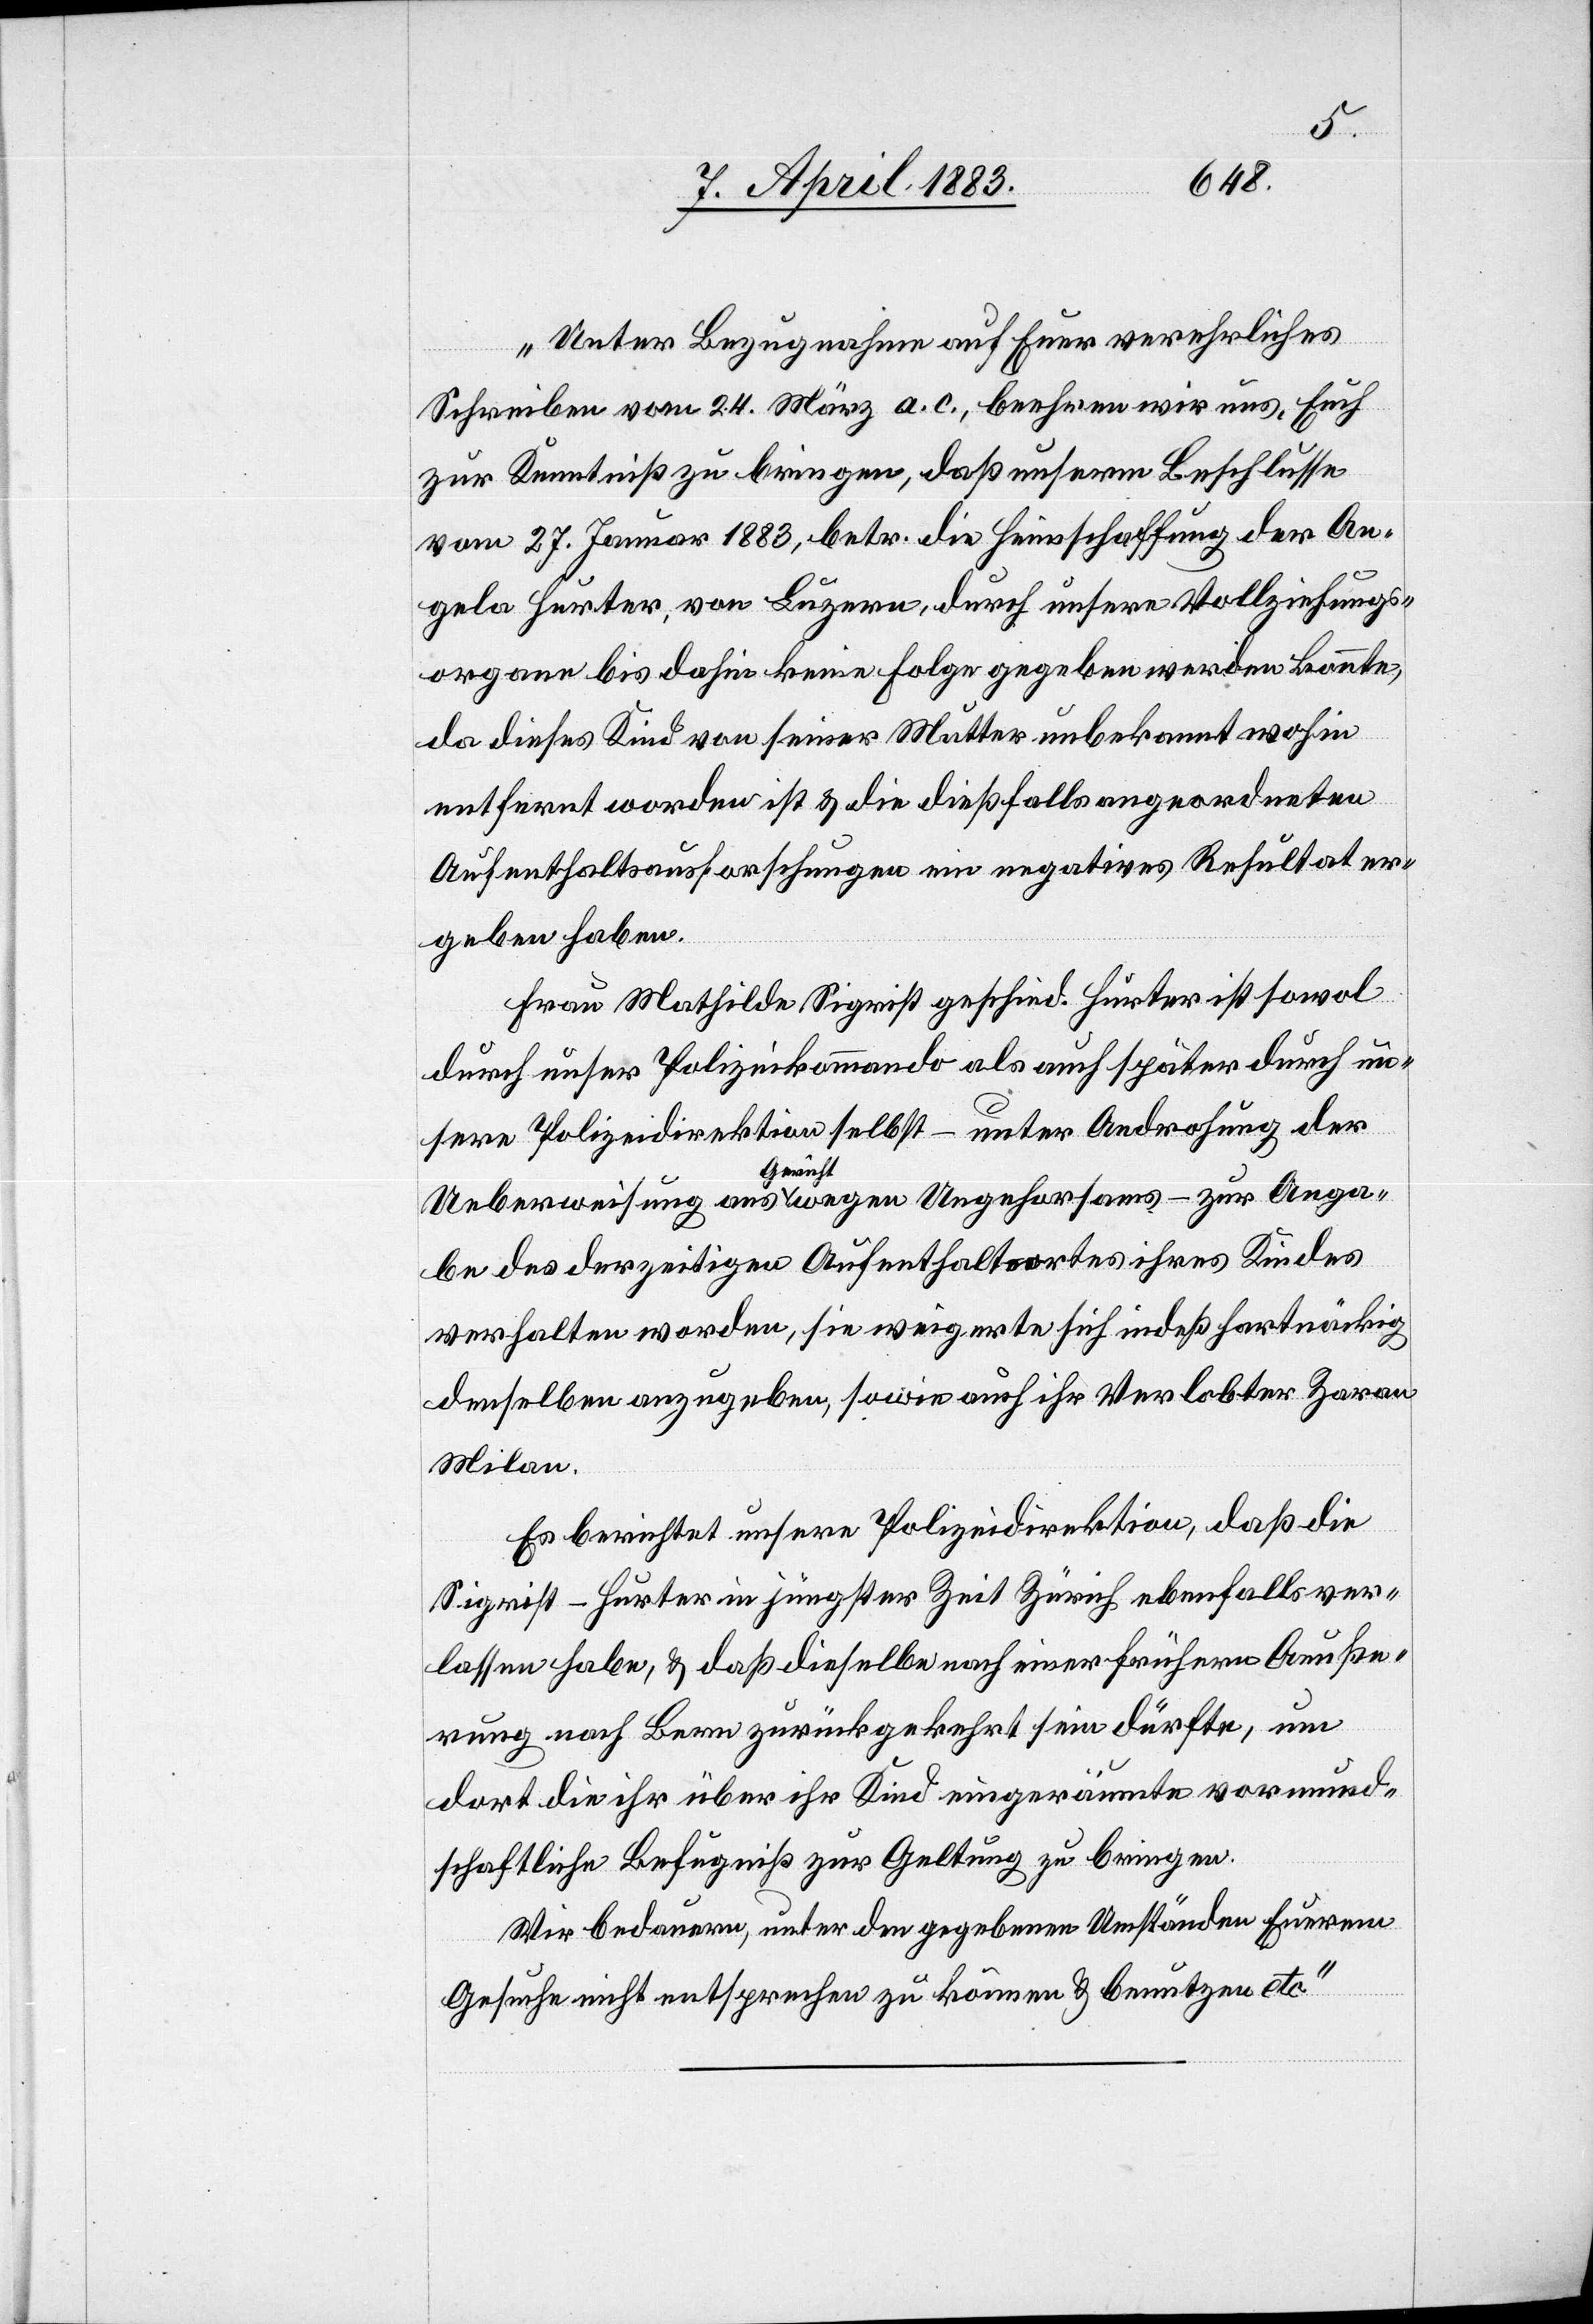
„Unter Bezugnahme auf Euer verehrliches
Schreiben vom 24. März a. c. beehren wir uns, Euch
zur Kenntniß zu bringen, daß unserm Beschlusse
vom 27. Januar 1883, betr. die Heimschaffung der An¬
gela Hurter, von Luzern, durch unsere Vollziehungs¬
organe bis dahin keine Folge gegeben werden konnte,
da dieses Kind von seiner Mutter unbekannt wohin
entfernt worden ist & die dießfalls angeordneten
Aufenthaltsausforschungen ein negatives Resultat er¬
geben haben.
Frau Mathilde Sigrit geschied. Hurter ist sowol
durch unser Polizeikommando als auch später durch un¬
sere Polizeidirektion selbst – unter Androhung der
Ueberweisung ans Gericht wegen Ungehorsams – zur Anga¬
be des derzeitigen Aufenthaltsortes ihres Kindes
verhalten worden, sie weigerte sich indeß hartnäckig
denselben anzugeben, sowie auch ihr Verlobter Zaran
Milan.
Es berichtet unsere Polizeidirektion, daß die
Sigrist-Hurter in jüngster Zeit Zürich ebenfalls ver¬
lassen habe, & daß dieselbe nach einer frühern Aeuße¬
rung nach Bern zurückgekehrt sein dürfte, um
dort die ihr über ihr Kind eingeräumte vormund¬
schaftliche Befugniß zur Geltung zu bringen.
Wir bedauern, unter den gegebenen Umständen Euerem
Gesuche nicht entsprechen zu können & benutzen etc.“